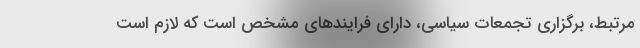
مرتبط، برگزاری تجمعات سیاسی، دارای فرایندهای مشخص است که لازم است